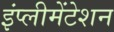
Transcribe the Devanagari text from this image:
इंप्लीमेंटेशन